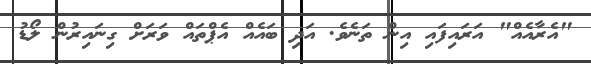
"އެރާއެއް" އަރައިފައި އިން ތަނެވެ. އަދި ބައެއް އެޕްތައް ވަރަށް ގިނައިރުން ލޯޑު